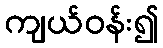
ကျယ်ဝန်း၍